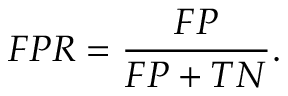
F P R = \frac { F P } { F P + T N } .